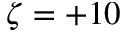
\zeta = + 1 0